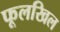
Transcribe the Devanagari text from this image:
फूलखिल